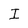
Character: I